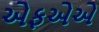
એફએએ